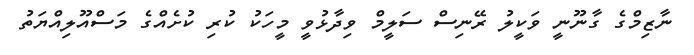
ނާޒިމްގެ ގާނޫނީ ވަކީލު ރޭނިސް ސަލީމް ވިދާޅުވީ މީހަކު ކުރި ކުށެއްގެ މަސްއޫލިއްޔަތު